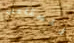
للمتاعب